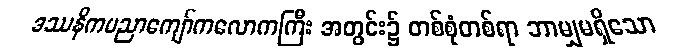
ဒဿနိကပညာကျော်ကလောကကြီး အတွင်း၌ တစ်စုံတစ်ရာ ဘာမျှမရှိသော